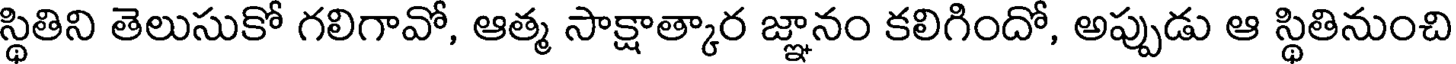
స్థితిని తెలుసుకో గలిగావో, ఆత్మ సాక్షాత్కార జ్ఞానం కలిగిందో, అప్పుడు ఆ స్థితినుంచి